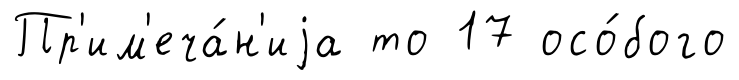
Пр'им'еча́н'иjа то 17 осо́бого